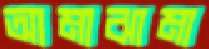
আমাঝামা